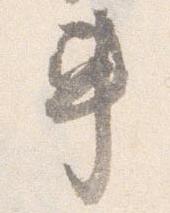
車